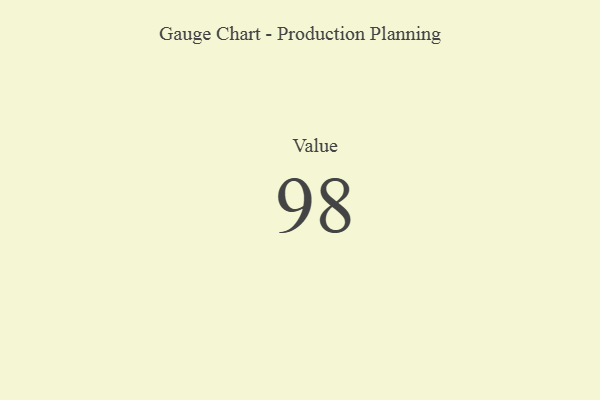
{"axis": {"x": "Metric", "y": "Value"}, "legend": [""], "data": [{"x": "Value", "y": 98, "type": ""}]}